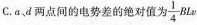
C.a、d两点间的电势差的绝对值为\frac{1}{4}Blv